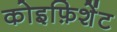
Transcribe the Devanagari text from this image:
कोइफ़िशेंट